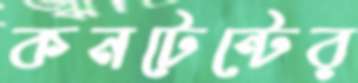
কনটেন্টের